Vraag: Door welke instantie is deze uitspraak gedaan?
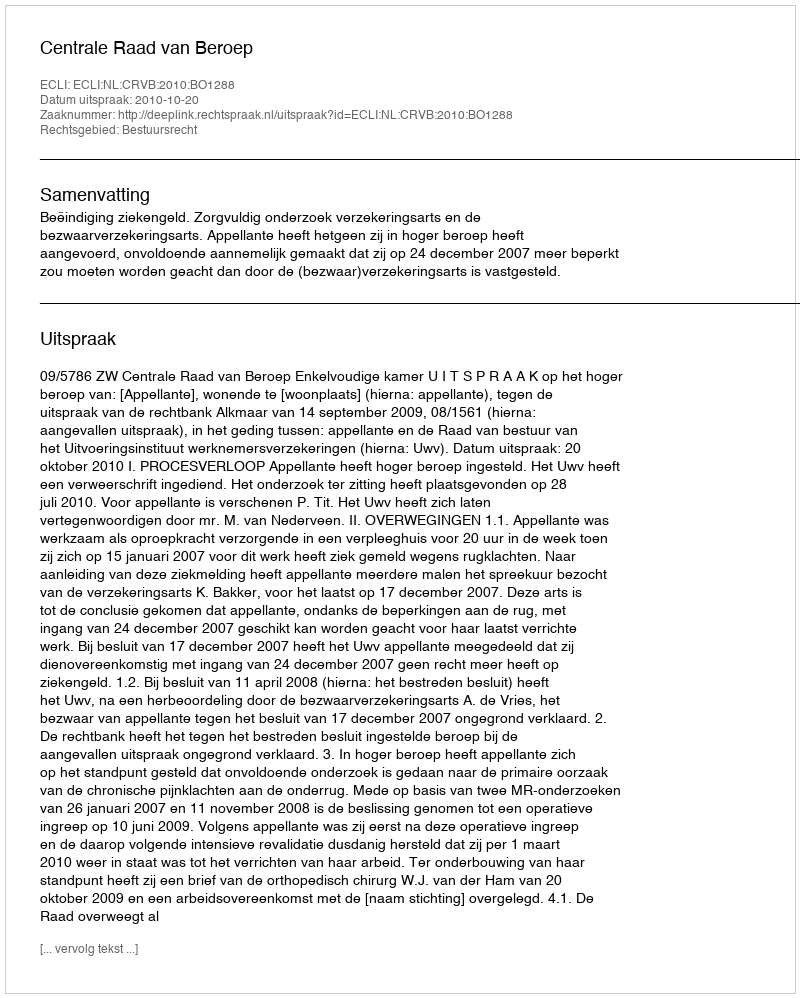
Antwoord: Centrale Raad van Beroep